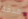
هدفه